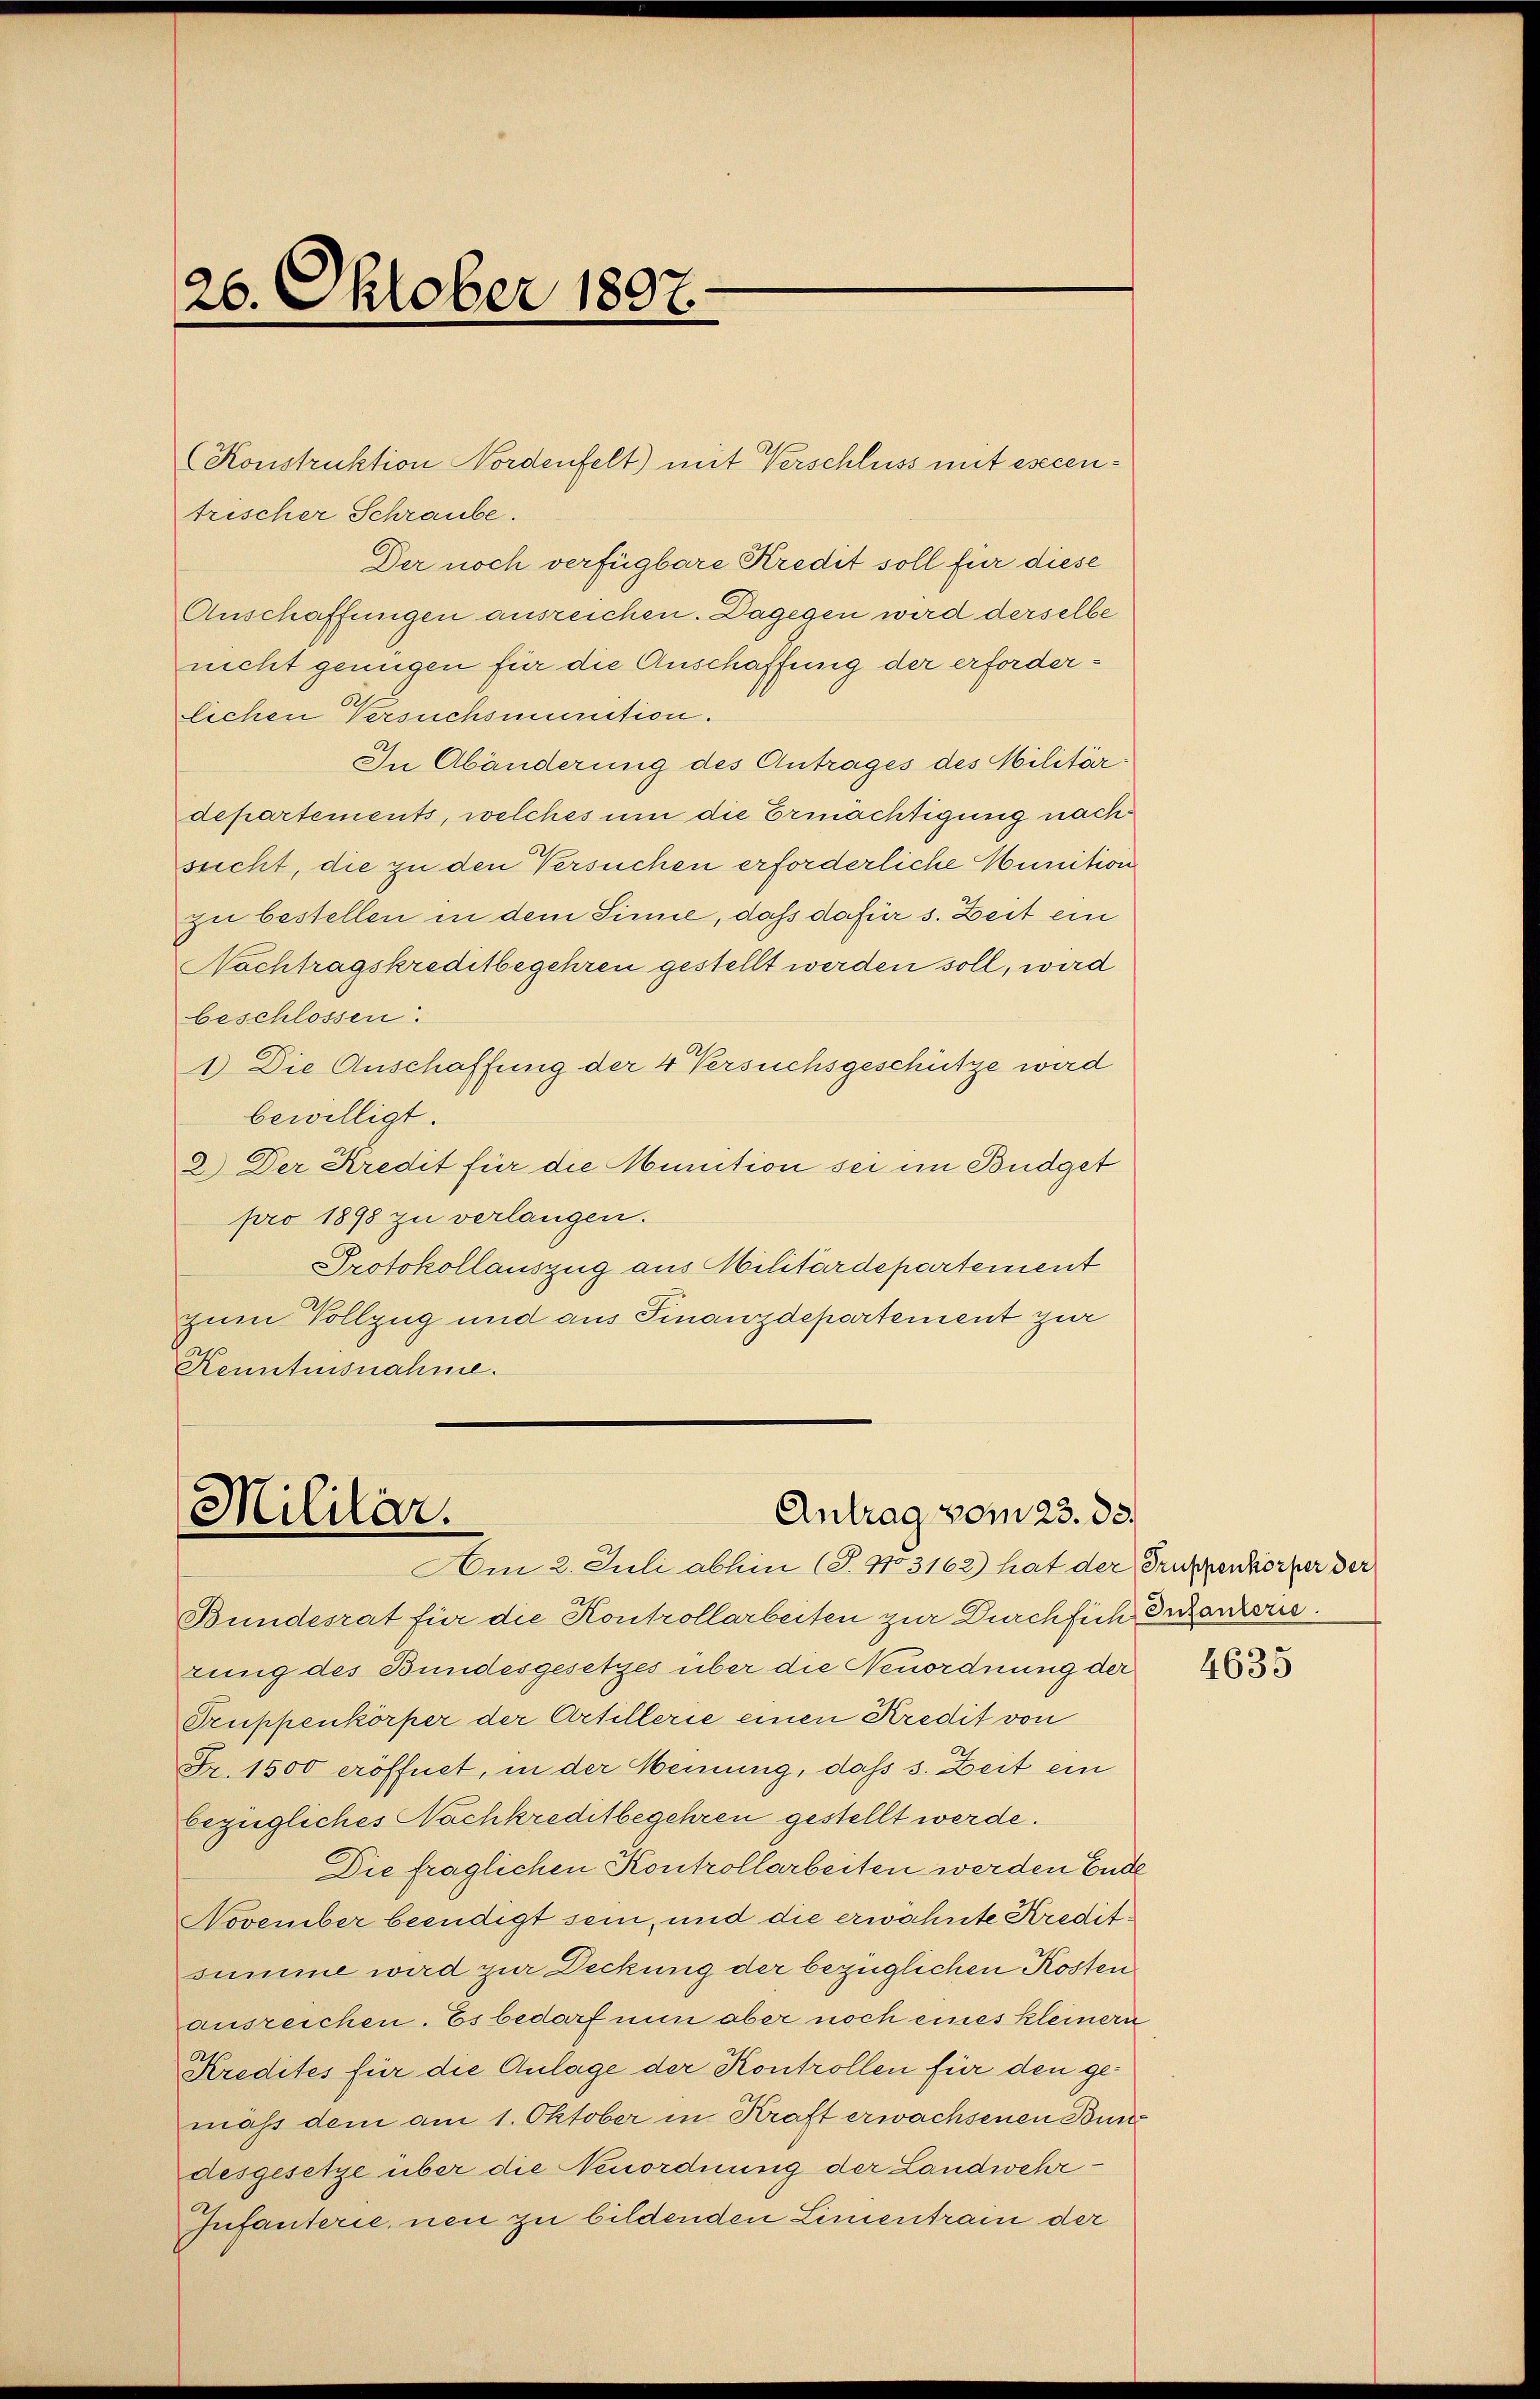
26. Oktober 1897.

trischer Schraube.
Der noch verfügbare Kredit soll für diese
Anschaffungen ausreichen. Dagegen wird derselbe
nicht genügen für die Anschaffung der erforderlichen Versuchsinition.
In Abänderung des Antrages des Militärdepartements, welches um die Ermächtigung nach
sucht, die zu den Versuchen erforderliche Munition
zu bestellen in dem Sinne, daß dafür s. Zeit ein
Nachtragskreditbegehren gestellt werden soll, wird
beschlossen.
1. Die Anschaffung der 4 Versuchsgeschütze wird
bewilligt.
2.) Der Kredit für die Munition sei im Büdget
pro 1898 zu verlangen.
Protokollauszug aus Militärdepartement
zum Vollzug und aus Finanzdepartement zur
Kenntnisnahme.

(Konstruktion Nordenfelt) mit Verschluss mit esecen¬

Antrag vom 23. ds.
Mililär.
Am 2. Juli abhin (T.1703162) hat der Truppenkörper der

Bundesrat für die Kontrollarbeiten zur Durchsich ergänzeris
rung des Bundesgesetzes über die Neuordnung der
Truppenkörper der Artillerie einen Kredit von
Fr. 1500 eröffnet, in der Meinung, daß s. Zeit ein
bezügliches Nachkreditbegehren gestellt werde.
Die fraglichen Kontrollarbeiten werden Ende
November beendigt sein, und die erwähnte Kreditsumme wird zur Deckung der bezüglichen Kosten
ausreichen. Es bedarf nun aber noch eines kleinern
Kredites für die Anlage der Kontrollen für den gemäß dem am 1. Oktober in Kraft erwachsenen Bundesgesetze über die Neuordnung der Landwehr¬
Infanterie, neu zu bildenden Limentrain der

4635